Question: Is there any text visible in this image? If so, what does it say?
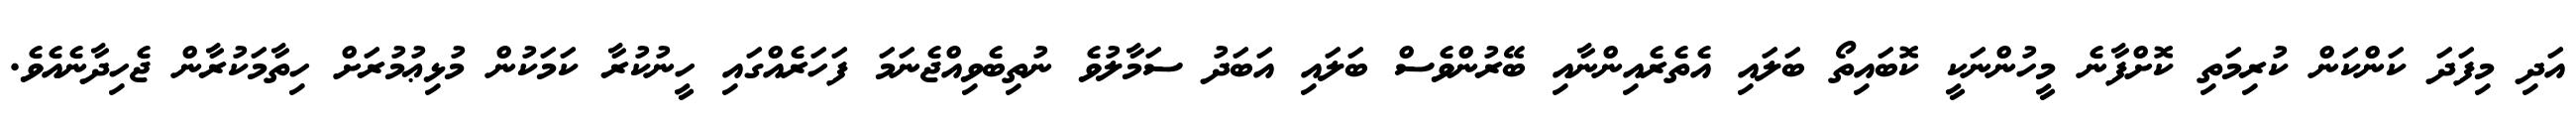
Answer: އަދި މިފަދަ ކަންކަން ކުރިމަތި ކޮށްފާނެ މީހުންނަކީ ކޮބައިތޯ ބަލައި އެތެރެއިންނާއި ބޭރުންވެސް ބަލައި އަބަދު ސަމާލުވެ ނުތިބެވިއްޖެނަމަ ފަހަރެއްގައި ހީނުކުރާ ކަމަކުން މުޅިޢުމުރަށް ހިތާމަކުރާން ޖެހިދާނެއެވެ.